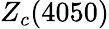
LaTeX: Z_{c}(4050)